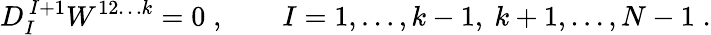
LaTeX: D_{I}^{\, I+1}W^{12\ldots k}=0\; ,\qquad I=1,\ldots,k-1,\ k+1,\ldots,N-1\; .